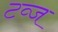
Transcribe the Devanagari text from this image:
टव्ज